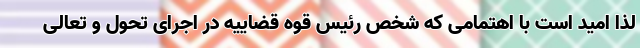
لذا امید است با اهتمامی که شخص رئیس قوه قضاییه در اجرای تحول و تعالی